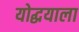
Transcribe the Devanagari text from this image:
योद्धयाला